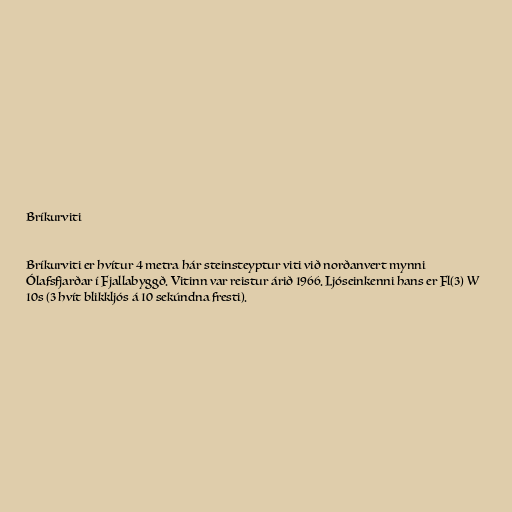
Bríkurviti

Bríkurviti er hvítur 4 metra hár steinsteyptur viti við norðanvert mynni
Ólafsfjarðar í Fjallabyggð. Vitinn var reistur árið 1966. Ljóseinkenni hans er Fl(3) W
10s (3 hvít blikkljós á 10 sekúndna fresti).